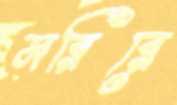
মরিরে